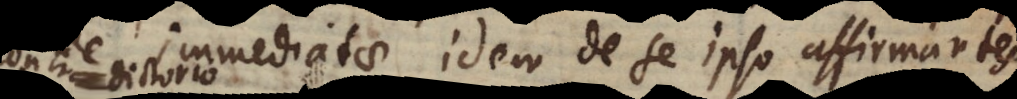
immediatae, idem de se ipso affirmantes